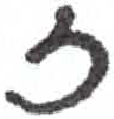
אות: ז